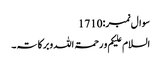
سوال نمبر:1710
السلام علیکم و رحمۃ اللہ وبرکاتہ۔